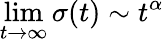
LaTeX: \operatorname*{lim}_{t\to\infty}\sigma(t)\sim t^{\alpha}